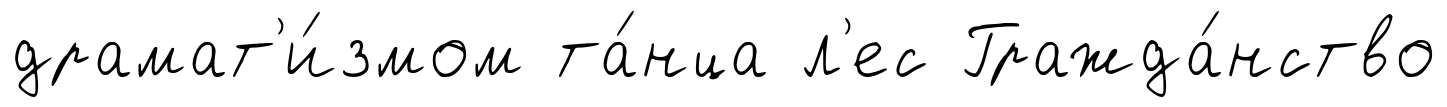
драмат'и́змом та́нца л'ес Гражда́нство